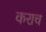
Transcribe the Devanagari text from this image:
कराच